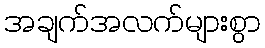
အချက်အလက်များစွာ